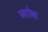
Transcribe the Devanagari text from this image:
भटोबा